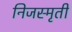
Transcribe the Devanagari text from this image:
निजस्मृती